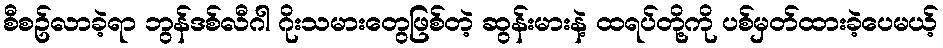
စီစဥ်လာခဲ့ရာ ဘွန်ဒစ်လီဂါ ဂိုးသမားတွေဖြစ်တဲ့ ဆွန်းမားနဲ့ ထရပ်တို့ကို ပစ်မှတ်ထားခဲ့ပေမယ့်